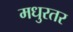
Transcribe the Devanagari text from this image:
मधुरतर